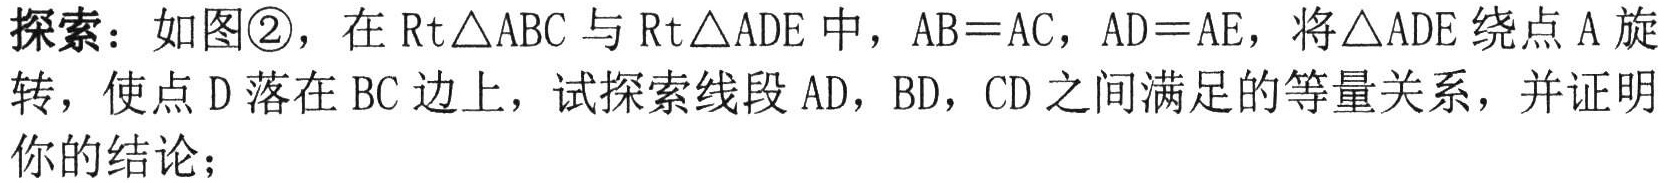
探索：如图\textcircled{2}，在\(Rt\triangle ABC\)与\(Rt\triangle ADE\)中，\(AB = AC\)，\(AD = AE\)，将\(\triangle ADE\)绕点\(A\)旋转，使点\(D\)落在\(BC\)边上，试探索线段\(AD\)，\(BD\)，\(CD\)之间满足的等量关系，并证明你的结论；